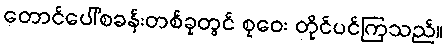
တောင်ပေါ်စခန်းတစ်ခုတွင် စုဝေး တိုင်ပင်ကြသည်။